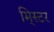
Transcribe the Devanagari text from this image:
मि्स्टर